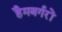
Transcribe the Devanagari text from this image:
हैमबर्गरों